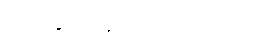
ခါဏု ကောမဏ္ဍညမထေရ်ဝတ္ထု